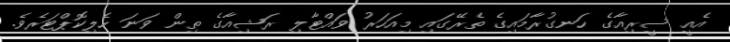
އެއީ ސީރިއާގެ ހަނގުރާމައިގެ ތެރޭގައި މިއަހަރު ވައްޓާލި ރަޝިއާގެ ތިން ވަނަ ހެލިކޮޕްޓަރެވެ.